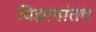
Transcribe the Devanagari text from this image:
विज्ञानांतच